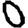
Digit: 0